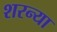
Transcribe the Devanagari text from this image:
शरन्या